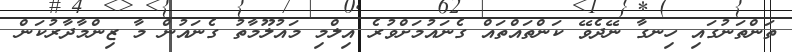
ތަންތަނުގައި ހިނގާ ނޭދެވޭ ކަންތައްތައް ގެނައުމަށްވުރެ އިލްމި މައުލޫމާތު ގެނައުން މާ ޒިންމާދާރުކަން